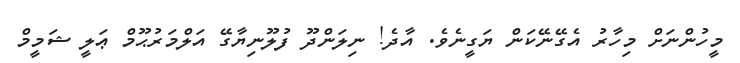
މީހުންނަށް މިހާރު އެގޭނޭކަން ޔަގީނެވެ. އާދެ! ނިލަންދޫ ފުލޫނިޔާގޭ އަލްމަރުޙޫމް ޢަލީ ޝަމީމް